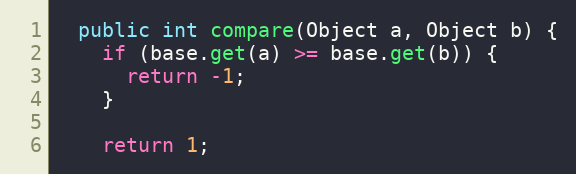
Language: Java
  public int compare(Object a, Object b) {
    if (base.get(a) >= base.get(b)) {
      return -1;
    }

    return 1;